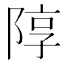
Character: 䧐